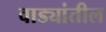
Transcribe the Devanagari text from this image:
वाड्यांतील